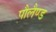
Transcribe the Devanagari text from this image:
पौलैण्ड